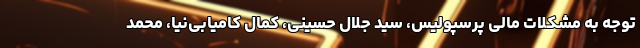
توجه به مشکلات مالی پرسپولیس، سید جلال حسینی، کمال کامیابی‌نیا، محمد